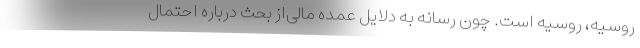
روسیه، روسیه است. چون رسانه‌ به دلایل عمده مالی‌از بحث درباره احتمال